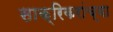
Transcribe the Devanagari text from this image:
साक्रिकरांच्या